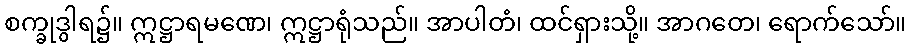
စက္ခုဒွါရ၌။ ဣဋ္ဌာရမဏေ၊ ဣဋ္ဌာရုံသည်။ အာပါတံ၊ ထင်ရှားသို့။ အာဂတေ၊ ရောက်သော်။